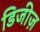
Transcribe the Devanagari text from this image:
डिजीज़